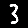
Digit: 3